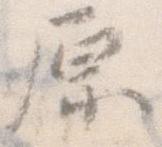
原